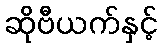
ဆိုဗီယက်နှင့်